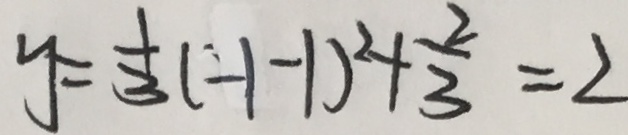
y = \frac { 1 } { 3 } ( - 1 - 1 ) ^ { 2 } + \frac { 2 } { 3 } = 2